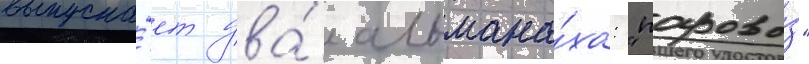
выпуска́ет два́ альмана́ха: "парово́з"